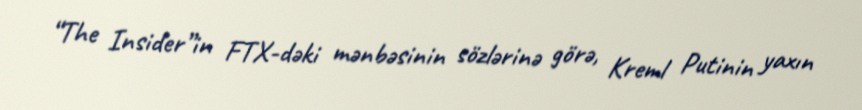
“The Insider”in FTX-dəki mənbəsinin sözlərinə görə, Kreml Putinin yaxın